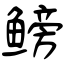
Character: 鳑